Civil Veterinary Department Bihar & Orissa reports 1922-29 - 1922-1929
Year: 1922
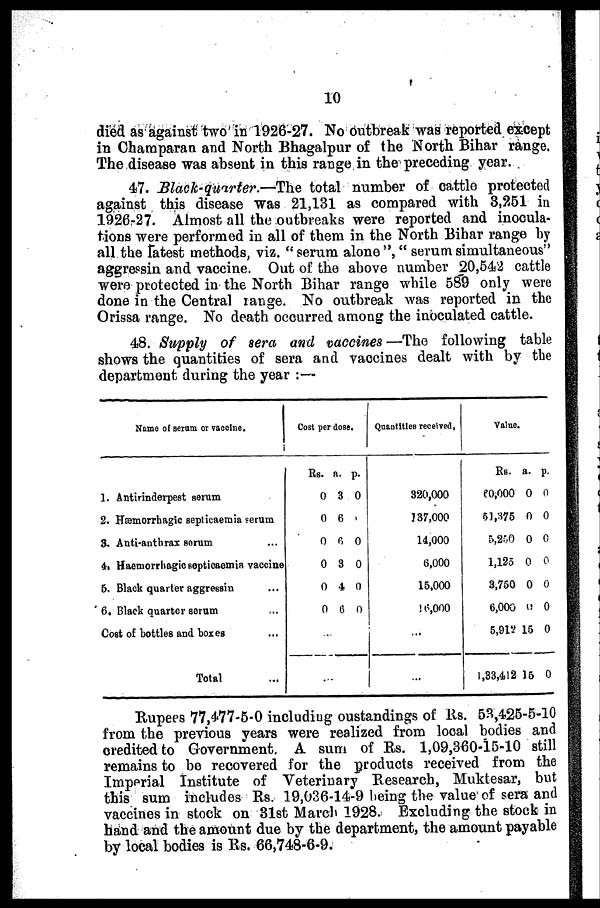
10
died as against two in 1926-27. No outbreak was reported except
in Charaparan and North Bhagalpur of the North Bihar range.
The disease was absent in this range in the preceding year.
47. Black-quarter.—The total number of cattle protected
against this disease was 21,131 as compared with 3,251 in
1926-27. Almost all the outbreaks were reported and inocula-
tions were performed in all of them in the North Bihar range by
all the fotest methods, viz. "serum alone", " serum simultaneous"
aggressin and vaccine. Out of the above number 20,542 cattle
were protected in the North Bihar range while 589 only were
done in the Central range. No outbreak was reported in the
Orissa range. No death occurred among the inoculated cattle.
48. Supply of sera and vaccines —The following table
shows the quantities of sera and vaccines dealt with by the
department during the year :—
Name of serum or vaccine.
1. Antirinderpest serum
2. Hsemorrhagic septicaemia serum
3. Anti-anthrax serum
4, Hemorrhagic septicaemia vaccine
5. Black quarter aggressin
6. Black quarter serum
Cost of bottles and boxes
Total
Cost per dose.
Rs.
0
0
0
0
0
0
...
a.
3
6
0
3
4
6
p.
0
0
0
0
0
0
Quantities received,
320,000
137,000
14,000
13,000
15,000
16,000
...
Value.
Rs.
60,000
51,376
5,200
1,125
3,750
6,000
5,912
1,33,412
a.
0
0
0
0
0
0
15
15
p.
0
0
0
0
0
0
0
0
Rupees 77,477-5-0 includiug oustandings of Us. 53,425-5-10
from the previous years were realized from local bodies and
credited to Government, A sum of Rs. 1,09,360-15-10 still
remains to be recovered for the products received from the
Imperial Institute of Veterinary Research, Muktesar, but
this sum includes Rs. 19,036-14-9 being the value of sera and
vaccines in stock on 31st March 1928. Excluding the stock in
hand and the amount due by the department, the amount payable
by local bodies is Rs. 66,748-6-9.